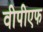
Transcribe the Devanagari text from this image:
वीपीएफ